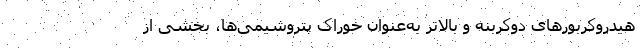
هیدروکربورهای دوکربنه و بالاتر به‌عنوان خوراک پتروشیمی‌ها، بخشی از